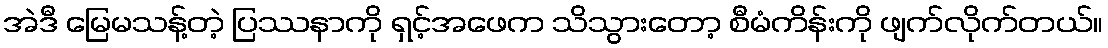
အဲဒီ မြေမသန့်တဲ့ ပြဿနာကို ရှင့်အဖေက သိသွားတော့ စီမံကိန်းကို ဖျက်လိုက်တယ်။